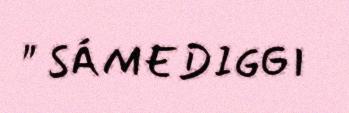
" SÁMEDIGGI